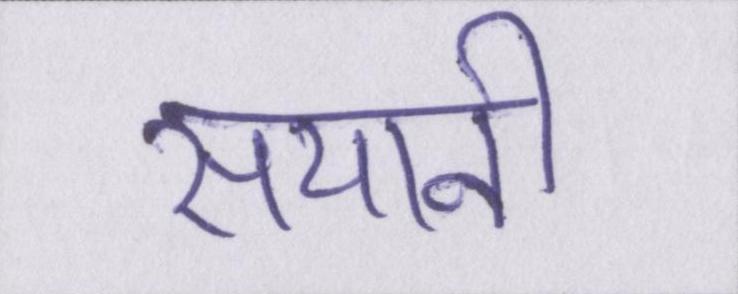
सयानी